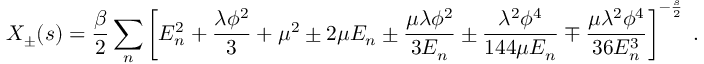
X _ { \pm } ( s ) = \frac { \beta } { 2 } \sum _ { n } \left[ E _ { n } ^ { 2 } + \frac { \lambda \phi ^ { 2 } } { 3 } + \mu ^ { 2 } \pm 2 \mu E _ { n } \pm \frac { \mu \lambda \phi ^ { 2 } } { 3 E _ { n } } \pm \frac { \lambda ^ { 2 } \phi ^ { 4 } } { 1 4 4 \mu E _ { n } } \mp \frac { \mu \lambda ^ { 2 } \phi ^ { 4 } } { 3 6 E _ { n } ^ { 3 } } \right] ^ { - \frac { s } { 2 } } \; .